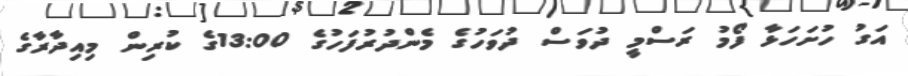
އަގު ހުށަހަޅާ ފޯމު ރަސްމީ ދުވަސް ދުވަހުގެ މެންދުރުފަހުގެ 13:00ގެ ކުރިން މިއިދާރާގެ